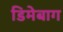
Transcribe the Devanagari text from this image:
डिमेबाग